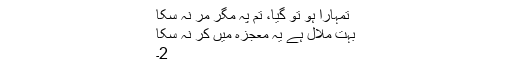
تمہارا ہو تو گیا، تم پہ مگر مر نہ سکا
بہت ملال ہے یہ معجزہ میں کر نہ سکا
2۔